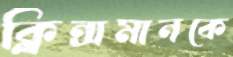
ক্লিন্সমানকে